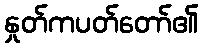
နှုတ်ကပတ်တော်၏